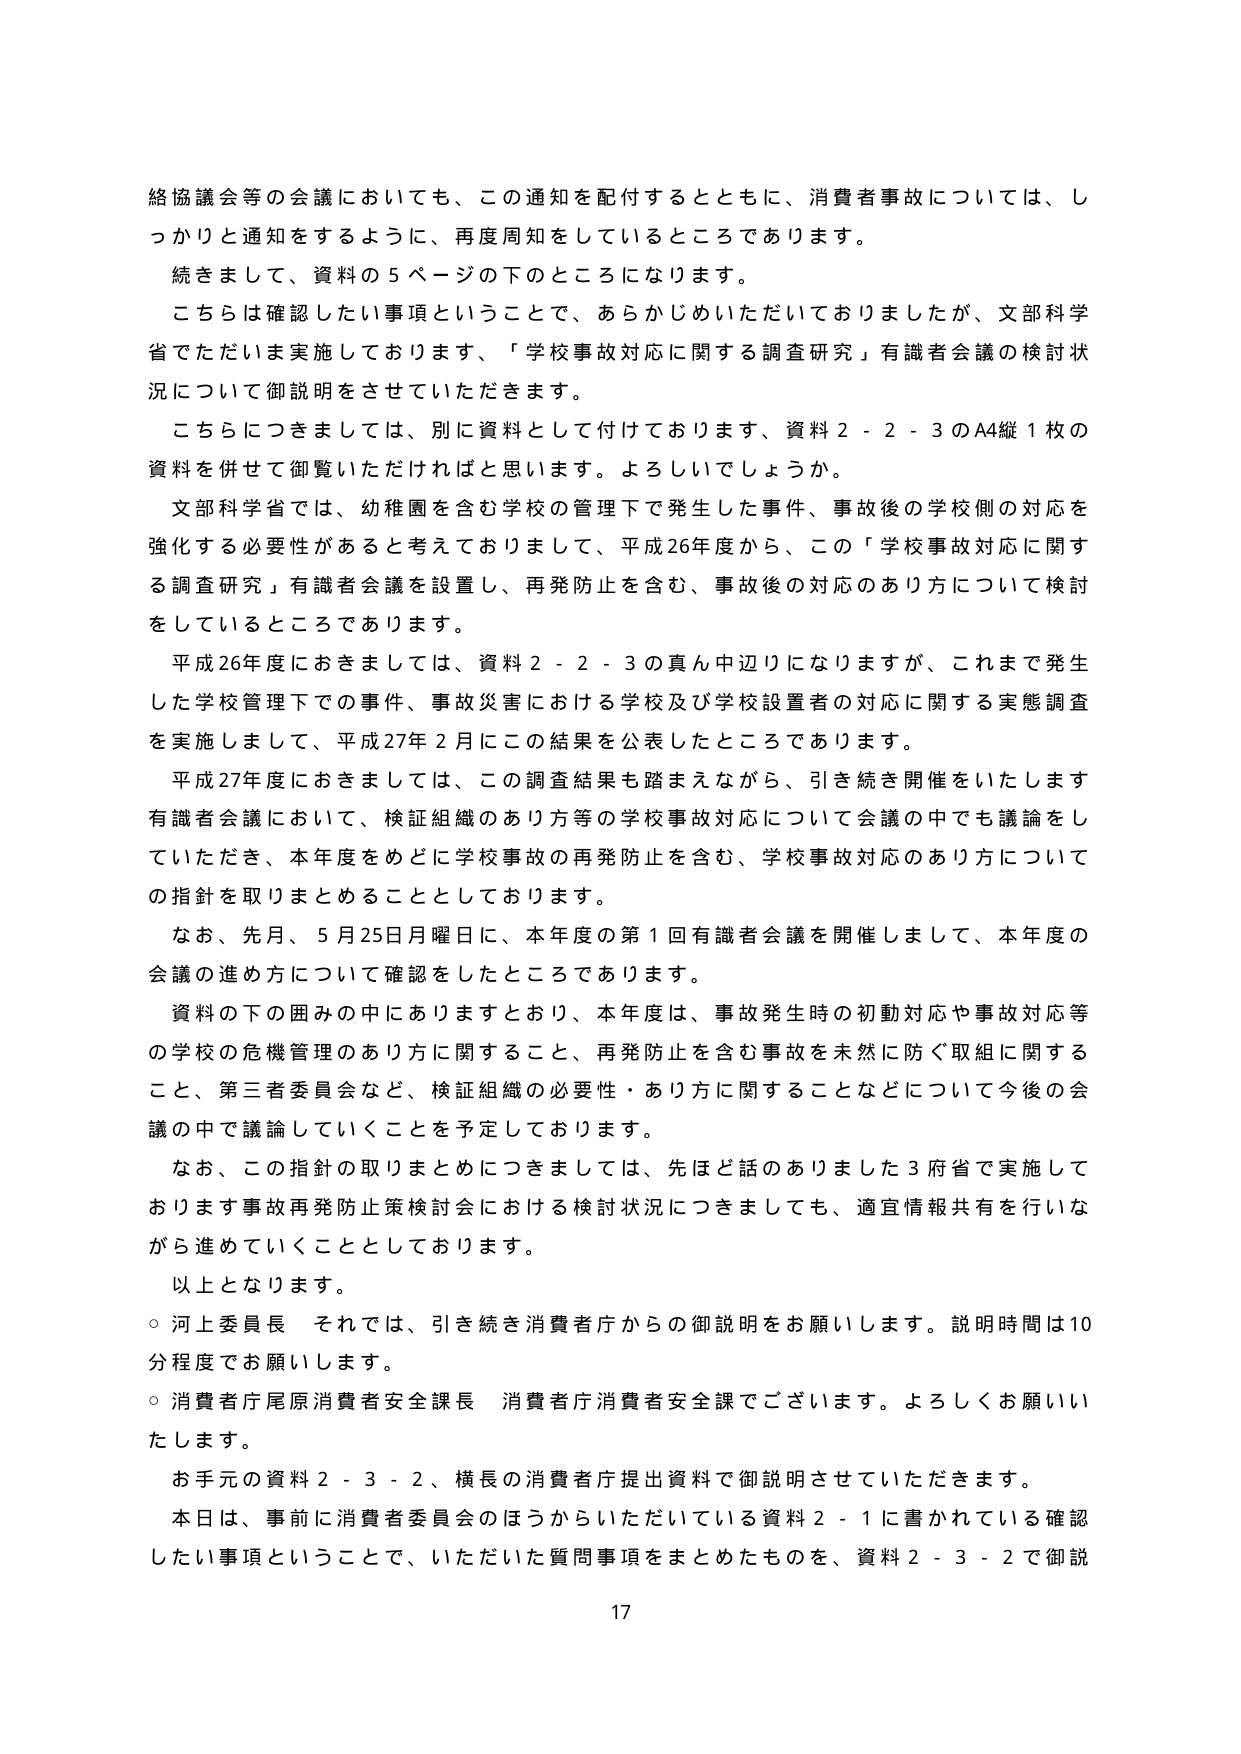
絡協議会等の会議においても、この通知を配付するとともに、消費者事故については、しっかり と通知をするように、再度周知をしているところであります。

続きまして、資料の５ページの下のところになります。

こちらは確認したい事項ということで、あらかじめいただいておりましたが、文部科学省でただいま実施しております、「学校事故対応に関する調査研究」有識者会議の検討状況について御説明をさせていただきます。

こちらにつきましては、別に資料として付けております、資料２－２－３のA4縦１枚の資料を併せて御覧いただければと思います。よろしいでしょうか。

文部科学省では、幼稚園を含む学校の管理下で発生した事件、事故後の学校側の対応を強化する必要性があると考えておりまして、平成26年度から、この「学校事故対応に関する調査研究」有識者会議を設置し、再発防止を含む、事故後の対応のあり方について検討をしているところであります。

平成26年度におきましては、資料２－２－３の真ん中辺りになりますが、これまで発生した学校管理下での事件、事故災害における学校及び学校設置者の対応に関する実態調査を実施しまして、平成27年２月にこの結果を公表したところであります。

平成27年度におきましては、この調査結果も踏まえながら、引き続き開催をいたします有識者会議において、検証組織のあり方等の学校事故対応について会議の中でも議論をしていただき、本年度をめどに学校事故の再発防止を含む、学校事故対応のあり方についての指針を取りまとめる thingとしております。

なお、先月、５月25日月曜日に、本年度の第１回有識者会議を開催しまして、本年度の会議の進め方について確認をしたところであります。

資料の下の囲みの中にありますとおり、本年度は、事故発生時の初動対応や事故対応等の学校の危機管理のあり方に関すること、再発防止を含む事故を未然に防ぐ取組に関すること、第三者委員会など、検証組織の必要性・あり方に関することなどについて今後の会議の中で議論していくことを予定しております。

なお、この指針の取りまとめにつきましては、先ほど話のありました３府省で実施しております事故再発防止策検討会における検討状況につきましても、適宜情報共有を行いながら進めていくこととしております。

以上となります。

○ 河上委員長 それでは、引き続き消費者庁からの御説明をお願いします。説明時間は10分程度でお願いします。

○ 消費者庁尾原消費者安全課長 消費者庁消費者安全課でございます。よろしくお願いいたします。

お手元の資料２－３－２、横長の消費者庁提出資料で御説明させていただきます。

本日は、事前に消費者委員会のほうからいただいている資料２－１に書かれている確認したい事項ということで、いただいた質問事項をまとめたものを、資料２－３－２で御説

17